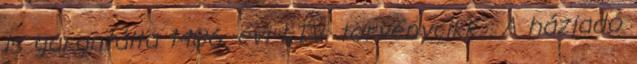
is garantálta 1486. évi LIV. törvénycikk . A háziadó